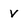
Character: V